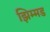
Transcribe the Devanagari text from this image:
झिम्मड